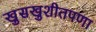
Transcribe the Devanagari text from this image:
खुसखुशीतपणा